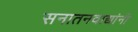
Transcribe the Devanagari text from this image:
सनातनवाद्यांनी